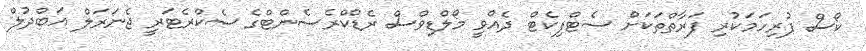
ކޯސް ފުރިހަމަކުރި ފަރާތްތަކަށް ސެޓްފިކެޓް ދެއްވީ މޯލްޑިވްސް ރެޑްކްރެސެންޓްގެ ސެކްރެޓަރީ ޖެނަރަލް އަބްދުލް